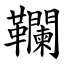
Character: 䪍